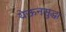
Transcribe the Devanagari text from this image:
येऊनसुद्धा